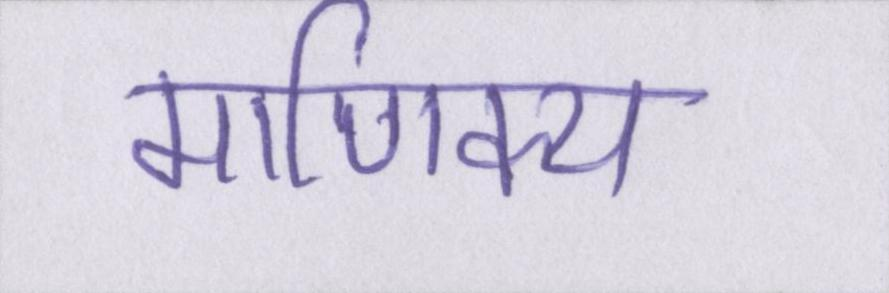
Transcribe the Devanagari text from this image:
माणिक्य